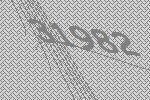
31982